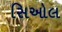
સિઓલ